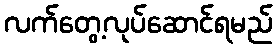
လက်တွေ့လုပ်ဆောင်ရမည်